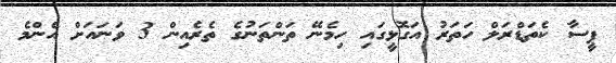
ޕީސާ ކެތަޑްރަލް ހަތަރު އަގޮޅީގައި ހިމެނޭ ތަންތަނުގެ ތެރެއިން 3 ވަނައަށް އެންމެ